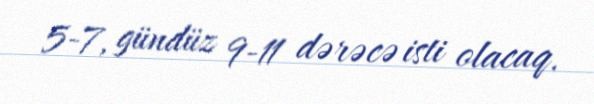
5-7, gündüz 9-11 dərəcə isti olacaq.